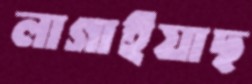
লাগাইয়াছ